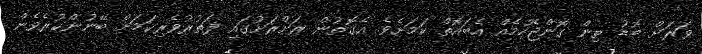
ވަރަށް ބޮޑު ތިން ގޮންޖެހުމެއް އެބައޮތް ކަމަށެވެ. އެގޮތުން ރަށްރަށުގައި ފަތުރުވެރިކަމަށް ބޭނުންކުރެވެން